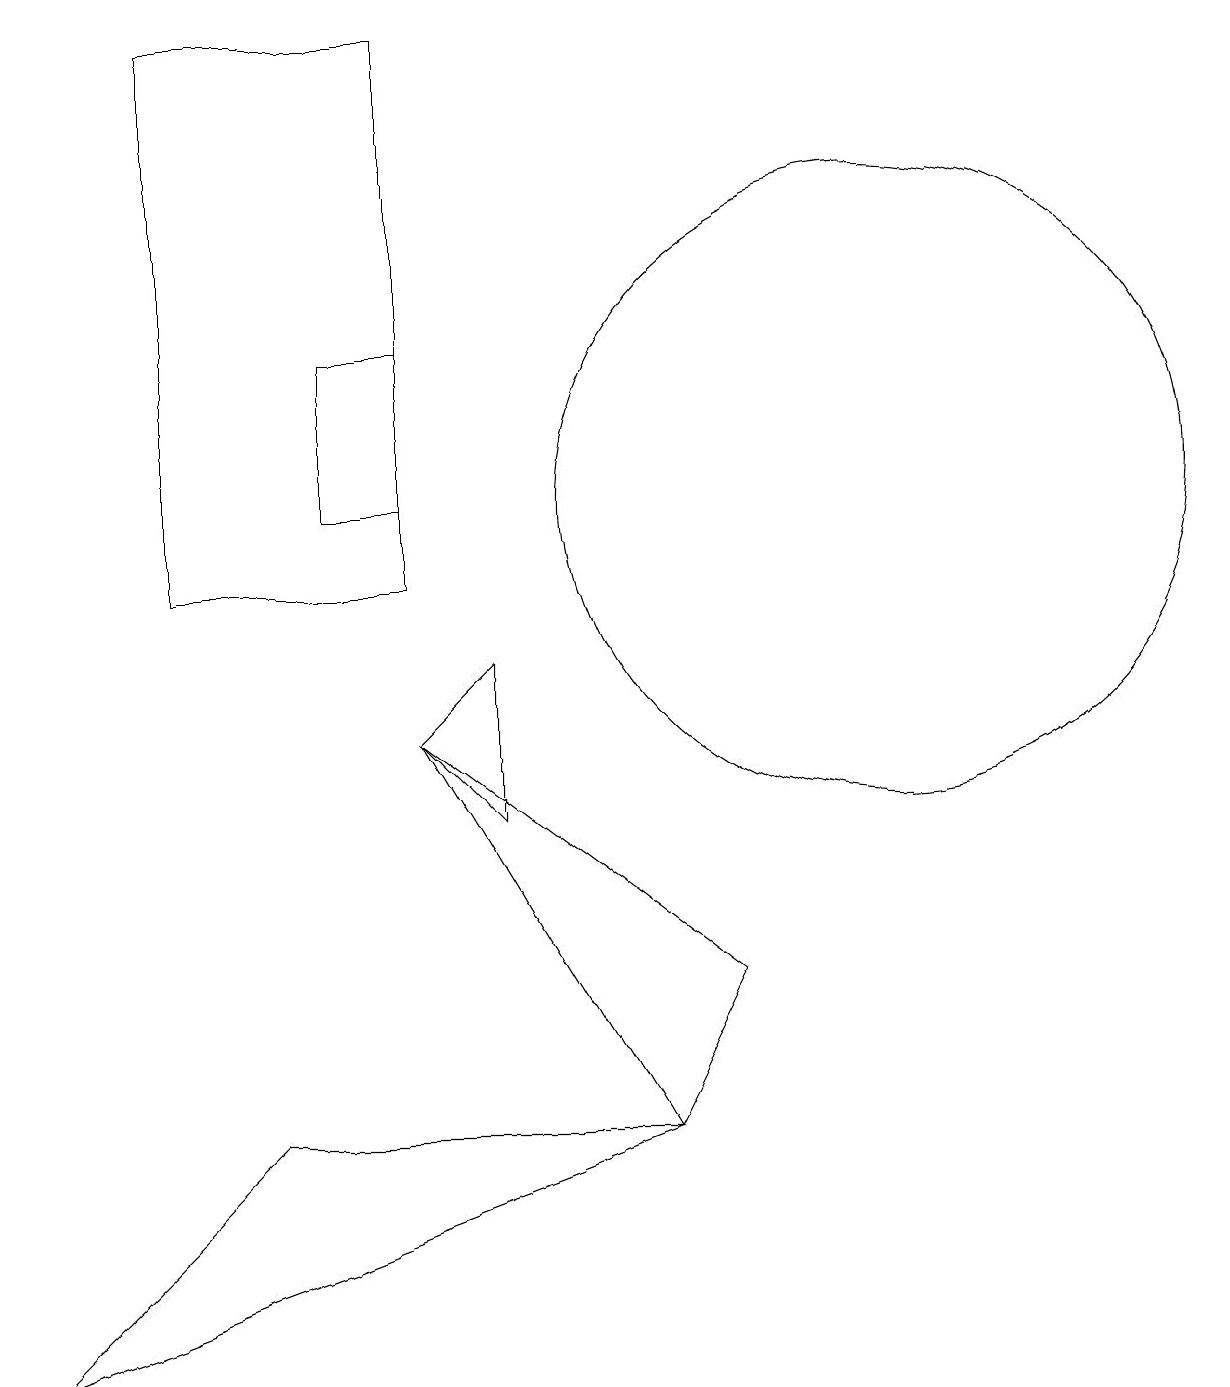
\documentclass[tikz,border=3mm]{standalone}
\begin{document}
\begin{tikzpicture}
\draw (2,10) rectangle (5,17);
\draw (5,11) rectangle (4,13);
\draw (5,8) -- (8,3) -- (9,5) -- cycle;
\draw (6,7) -- (5,8) -- (6,9) -- cycle;
\draw (8,3) -- (3,3) -- (0,0) -- cycle;
\draw (11,11) circle (4);
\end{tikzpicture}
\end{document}